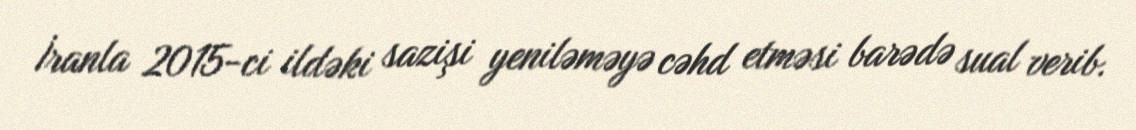
İranla 2015-ci ildəki sazişi yeniləməyə cəhd etməsi barədə sual verib.